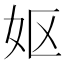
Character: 妪